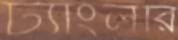
ট্যাংলরি